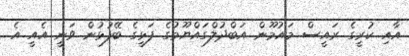
އާއި ކުރީގެ ރައީސް މައުމޫން އަބްދުލްގައްޔޫމުގެ ފަޅީގެ ބޭފުޅުން ވަނީ އެއީ އެ